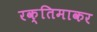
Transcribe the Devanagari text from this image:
रक्तिमाकर